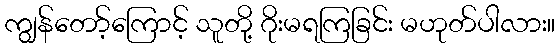
ကျွန်တော့်ကြောင့် သူတို့ ဂိုးမရကြခြင်း မဟုတ်ပါလား။